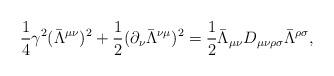
LaTeX: \begin{align*}\frac{1}{4}\gamma^{2}(\bar{\Lambda}^{\mu\nu})^{2} + \frac{1}{2}(\partial_{\nu}\bar{\Lambda}^{\nu\mu})^{2}= \frac{1}{2}\bar{\Lambda}_{\mu\nu}D_{\mu\nu\rho\sigma}\bar{\Lambda}^{\rho\sigma},\end{align*}